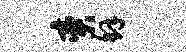
奕解